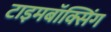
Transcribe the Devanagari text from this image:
टाइमबॉक्सिंग